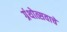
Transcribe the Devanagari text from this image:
ग्रंथोत्सवाचे